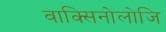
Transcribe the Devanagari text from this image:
वाक्सिनोलोजि